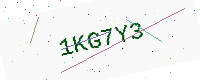
Text: 1KG7Y3